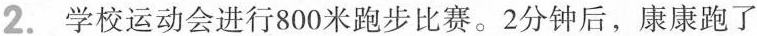
2.学校运动会进行800米跑步比赛。2分钟后，康康跑了